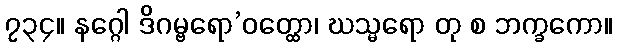
၇၃၄။ နဂ္ဂေါ ဒိဂမ္ဗရော’ဝတ္ထော၊ ဃသ္မရော တု စ ဘက္ခကော။